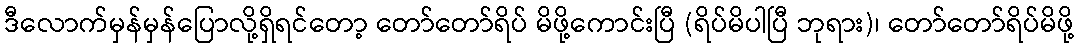
ဒီလောက်မှန်မှန်ပြောလို့ရှိရင်တော့ တော်တော်ရိပ် မိဖို့ကောင်းပြီ (ရိပ်မိပါပြီ ဘုရား)၊ တော်တော်ရိပ်မိဖို့